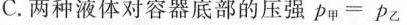
C.两种液体对容器底部的压强$$p _ { 甲 }